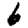
Digit: 6